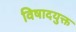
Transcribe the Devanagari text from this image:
विषादयुक्त